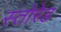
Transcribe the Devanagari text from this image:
स्तोरेड